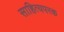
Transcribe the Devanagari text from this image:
साहित्यपरक